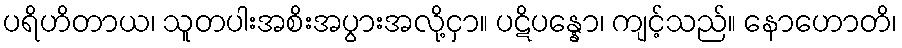
ပရိဟိတာယ၊ သူတပါးအစိးအပွားအလို့ငှာ။ ပဋိပန္နော၊ ကျင့်သည်။ နောဟောတိ၊